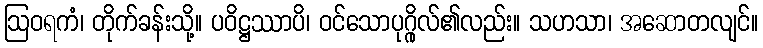
ဩဝရကံ၊ တိုက်ခန်းသို့။ ပဝိဋ္ဌဿာပိ၊ ဝင်သောပုဂ္ဂိုလ်၏လည်း။ သဟသာ၊ အဆောတလျင်။